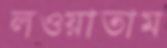
লওয়াতাম